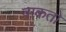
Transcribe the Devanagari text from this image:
वाकतो